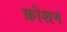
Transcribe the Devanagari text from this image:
फ़ोशन